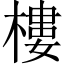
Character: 樓